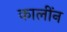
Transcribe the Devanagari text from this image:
कालींन